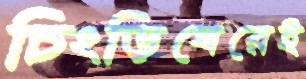
চিংড়িঘেরেই